Vaccination in Bombay 1863-1868 - 1863-1868
Year: 1863
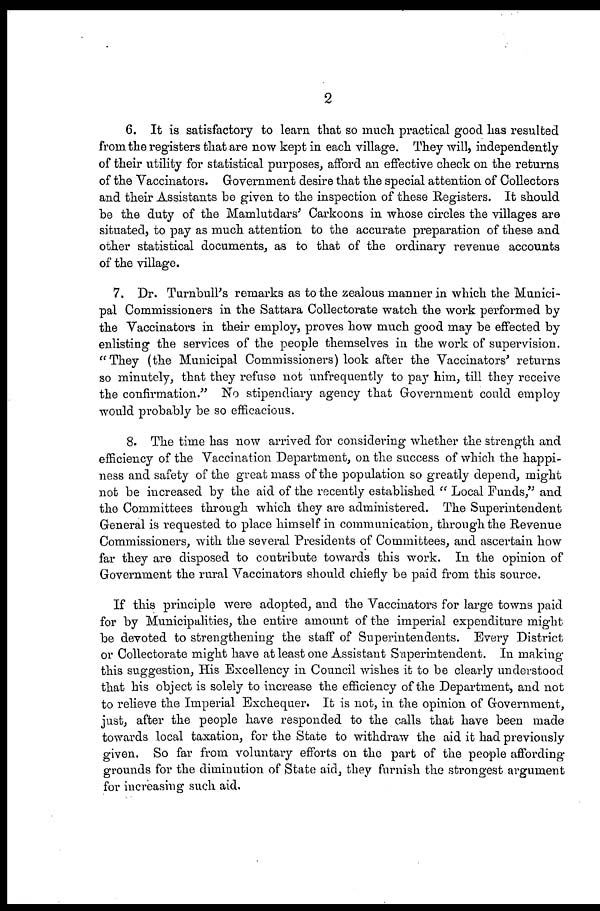
2
6. It is satisfactory to learn that so much practical good has resulted
from the registers that are now kept in each village. They will, independently
of their utility for statistical purposes, afford an effective check on the returns
of the Vaccinators. Government desire that the special attention of Collectors
and their Assistants be given to the inspection of these Registers. It should
be the duty of the Mamlutdars' Carkoons in whose circles the villages are
situated, to pay as much attention to the accurate preparation of these and
other statistical documents, as to that of the ordinary revenue accounts
of the village.
7. Dr. Turnbull's remarks as to the zealous manner in which the Munici-
pal Commissioners in the Sattara Collectorate watch the work performed by
the Vaccinators in their employ, proves how much good may be effected by
enlisting the services of the people themselves in the work of supervision.
"They (the Municipal Commissioners) look after the Vaccinators' returns
so minutely, that they refuse not unfrequently to pay him, till they receive
the confirmation." No stipendiary agency that Government could employ
would probably be so efficacious.
8. The time has now arrived for considering whether the strength and
efficiency of the Vaccination Department, on the success of which the happi-
ness and safety of the great mass of the population so greatly depend, might
not be increased by the aid of the recently established " Local Funds," and
the Committees through which they are administered. The Superintendent
General is requested to place himself in communication, through the Revenue
Commissioners, with the several Presidents of Committees, and ascertain how
far they are disposed to contribute towards this work. In the opinion of
Government the rural Vaccinators should chiefly be paid from this source.
If this principle were adopted, and the Vaccinators for large towns paid
for by Municipalities, the entire amount of the imperial expenditure might
be devoted to strengthening the staff of Superintendents. Every District
or Collectorate might have at least one Assistant Superintendent. In making
this suggestion, His Excellency in Council wishes it to be clearly understood
that his object is solely to increase the efficiency of the Department, and not
to relieve the Imperial Exchequer. It is not, in the opinion of Government,
just, after the people have responded to the calls that have been made
towards local taxation, for the State to withdraw the aid it had previously
given. So far from voluntary efforts on the part of the people affording
grounds for the diminution of State aid, they furnish the strongest argument
for increasing such aid.